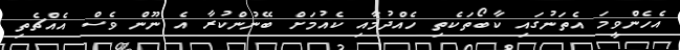
އެހެންވީމަ އެތަނުގައި ކާބޯތަކެތި ހެއްދުމާއި ކެއުމަށް ބޭނުންކުރާ އެ ނޫން ވެސް އެއްޗެތި